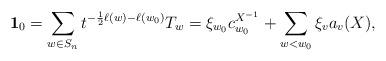
LaTeX: \begin{align*}\mathbf{1}_0 = \sum_{w\in S_n} t^{-\frac12\ell(w) - \ell(w_0)}T_w= \xi_{w_0}c_{w_0}^{X^{-1}} + \sum_{w<w_0} \xi_v a_v(X),\end{align*}